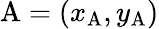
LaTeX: \mathrm{A}=(x_{\mathrm{A}},y_{\mathrm{A}})